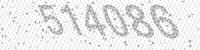
Solution: 514086